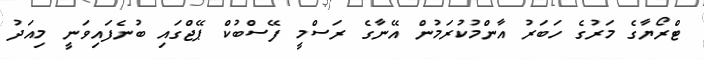
ޓްރޯޔާގެ މަރުގެ ހަބަރު އާންމުކުރަމުން އޭނާގެ ރަސްމީ ފޭސްބުކް ޕޭޖްގައި ބުނެފައިވަނީ މިއަދު